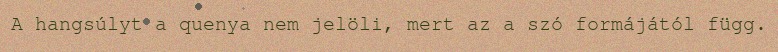
A hangsúlyt a quenya nem jelöli, mert az a szó formájától függ.